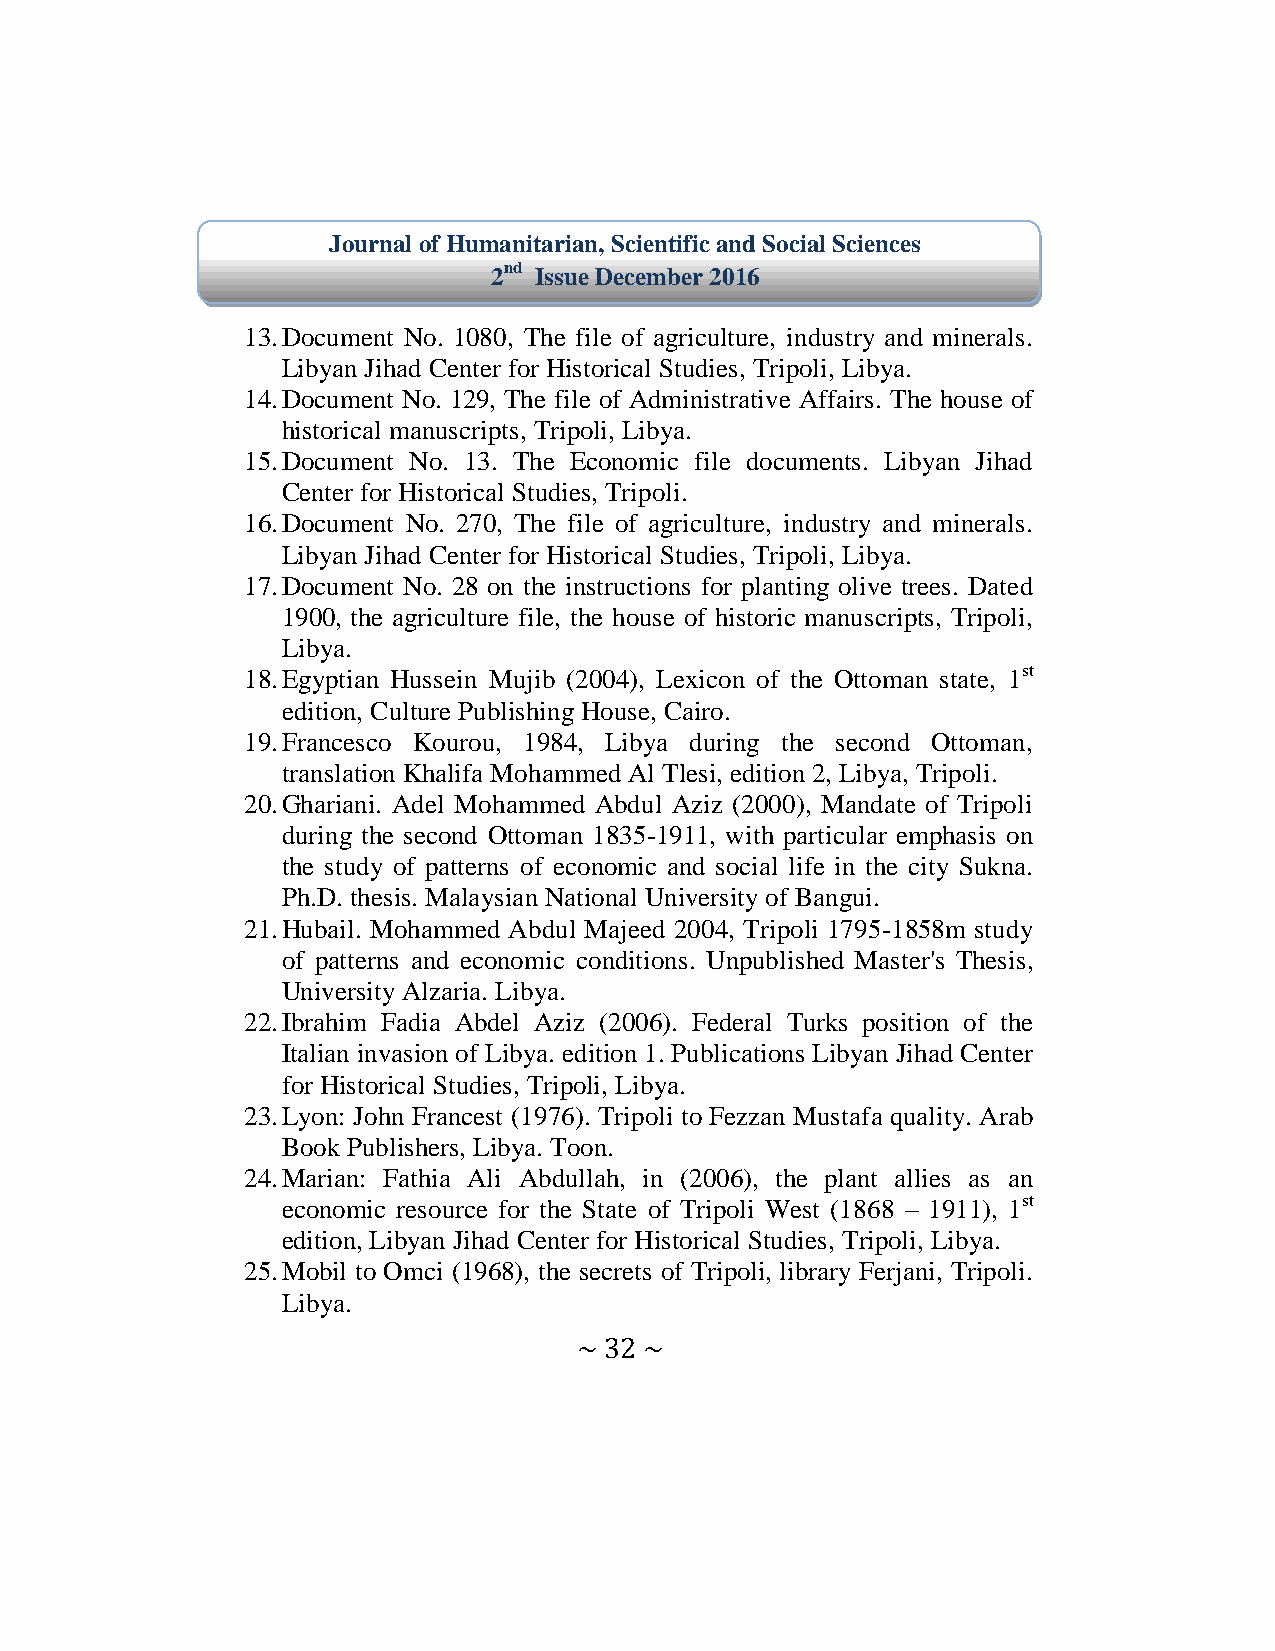
Journal of Humanitarian, Scientific and Social Sciences
 2nd Issue December 2016
 13. Document No. 1080, The file of agriculture, industry and minerals.
 Libyan Jihad Center for Historical Studies, Tripoli, Libya.
 14. Document No. 129, The file of Administrative Affairs. The house of
 historical manuscripts, Tripoli, Libya.
 15. Document No. 13. The Economic file documents. Libyan Jihad
 Center for Historical Studies, Tripoli.
 16. Document No. 270, The file of agriculture, industry and minerals.
 Libyan Jihad Center for Historical Studies, Tripoli, Libya.
 17. Document No. 28 on the instructions for planting olive trees. Dated
 1900, the agriculture file, the house of historic manuscripts, Tripoli,
 Libya.
 18. Egyptian Hussein Mujib (2004), Lexicon of the Ottoman state, 1st
 edition, Culture Publishing House, Cairo.
 19. Francesco Kourou, 1984, Libya during the second Ottoman,
 translation Khalifa Mohammed Al Tlesi, edition 2, Libya, Tripoli.
 20. Ghariani. Adel Mohammed Abdul Aziz (2000), Mandate of Tripoli
 during the second Ottoman 1835-1911, with particular emphasis on
 the study of patterns of economic and social life in the city Sukna.
 Ph.D. thesis. Malaysian National University of Bangui.
 21. Hubail. Mohammed Abdul Majeed 2004, Tripoli 1795-1858m study
 of patterns and economic conditions. Unpublished Master's Thesis,
 University Alzaria. Libya.
 22. Ibrahim Fadia Abdel Aziz (2006). Federal Turks position of the
 Italian invasion of Libya. edition 1. Publications Libyan Jihad Center
 for Historical Studies, Tripoli, Libya.
 23. Lyon: John Francest (1976). Tripoli to Fezzan Mustafa quality. Arab
 Book Publishers, Libya. Toon.
 24. Marian: Fathia Ali Abdullah, in (2006), the plant allies as an
 economic resource for the State of Tripoli West (1868 – 1911), 1st
 edition, Libyan Jihad Center for Historical Studies, Tripoli, Libya.
 25. Mobil to Omci (1968), the secrets of Tripoli, library Ferjani, Tripoli.
 Libya.
 ~ 32 ~